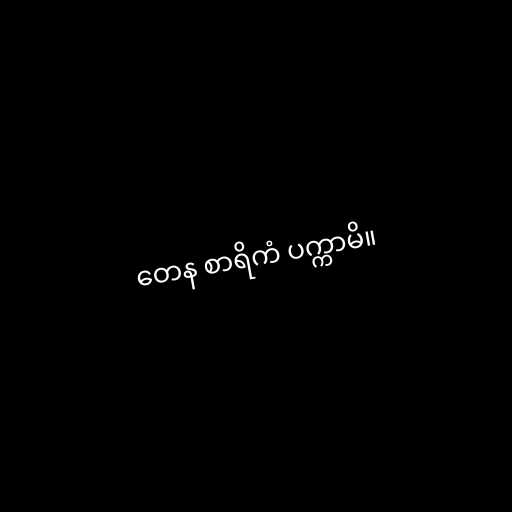
တေန စာရိကံ ပက္ကာမိ။